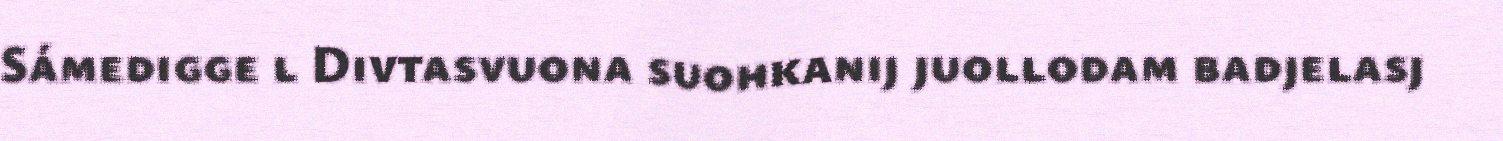
Sámedigge l Divtasvuona suohkanij juollodam badjelasj